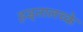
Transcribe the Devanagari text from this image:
हड्तालच्के